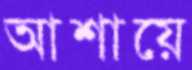
আশায়ে